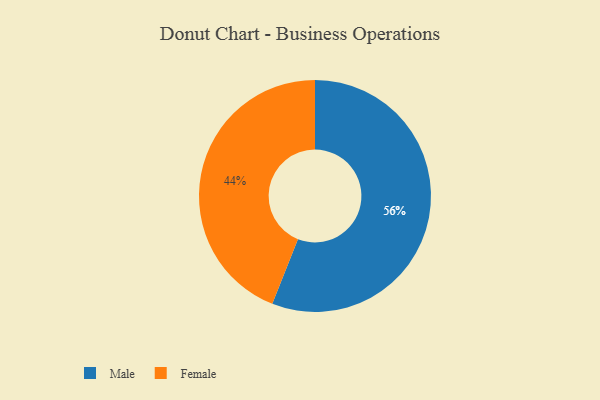
{"axis": {"x": "Category", "y": "Percentage"}, "legend": ["Female", "Male"], "data": [{"x": "Female", "y": 44, "type": "Female"}, {"x": "Male", "y": 56, "type": "Male"}]}